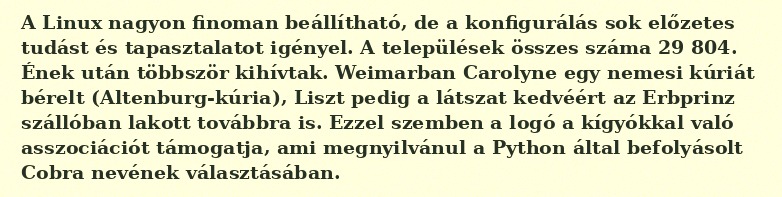
A Linux nagyon finoman beállítható, de a konfigurálás sok előzetes tudást és tapasztalatot igényel. A települések összes száma 29 804. Ének után többször kihívtak. Weimarban Carolyne egy nemesi kúriát bérelt (Altenburg-kúria), Liszt pedig a látszat kedvéért az Erbprinz szállóban lakott továbbra is. Ezzel szemben a logó a kígyókkal való asszociációt támogatja, ami megnyilvánul a Python által befolyásolt Cobra nevének választásában.